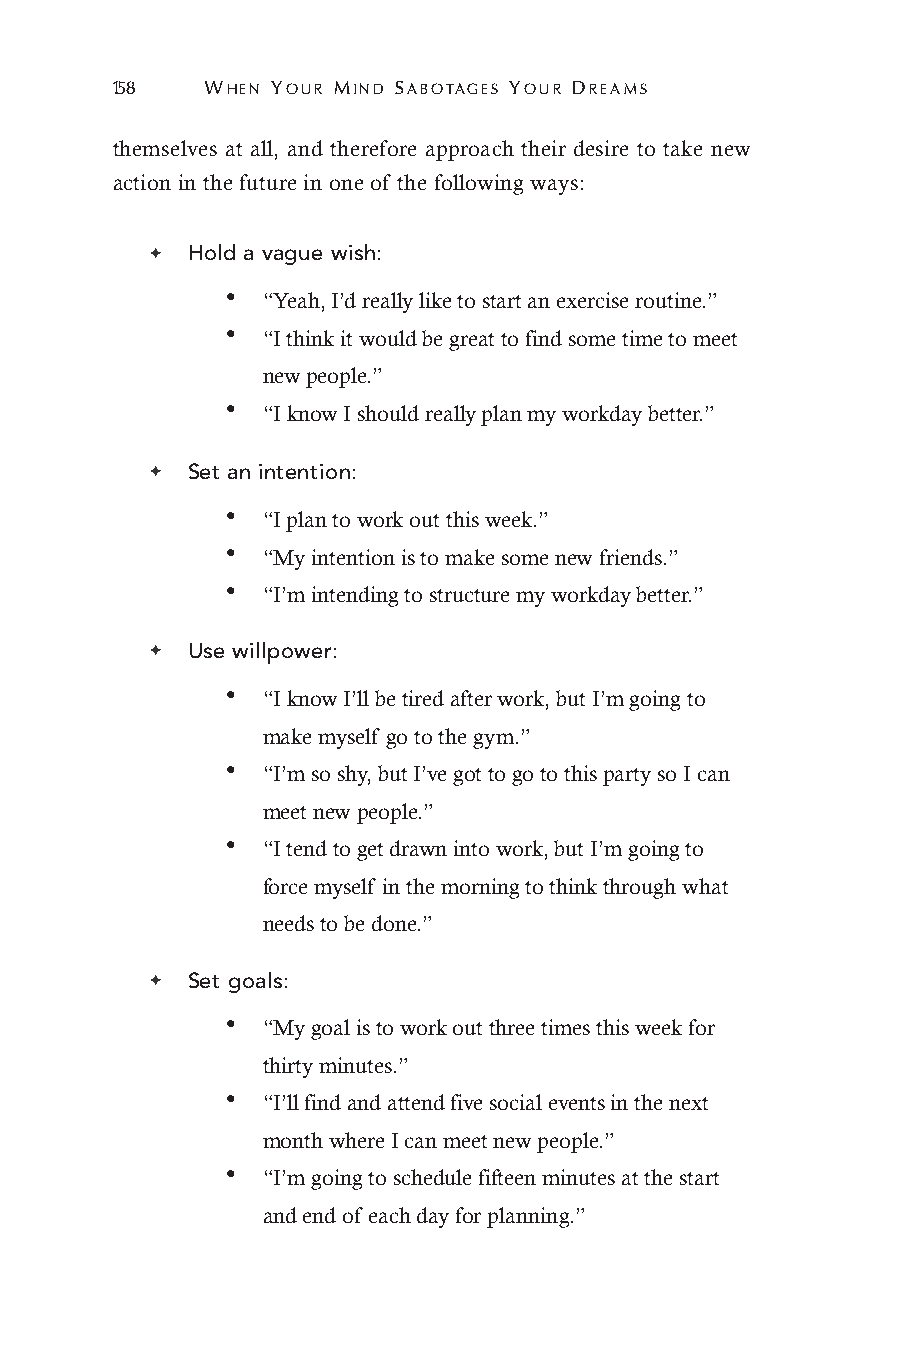
158   WHEN YOUR MIND SABOTAGES YOUR DREAMS
 themselves at all, and therefore approach their desire to take new
 action in the future in one of the following ways:
 ✦ Hold a vague wish:
 • “Yeah, I’d really like to start an exercise routine.”
 • “I think it would be great to find some time to meet
 new people.”
 • “I know I should really plan my workday better.”
 ✦ Set an intention:
 • “I plan to work out this week.”
 • “My intention is to make some new friends.”
 • “I’m intending to structure my workday better.”
 ✦ Use willpower:
 • “I know I’ll be tired after work, but I’m going to
 make myself go to the gym.”
 • “I’m so shy, but I’ve got to go to this party so I can
 meet new people.”
 • “I tend to get drawn into work, but I’m going to
 force myself in the morning to think through what
 needs to be done.”
 ✦ Set goals:
 • “My goal is to work out three times this week for
 thirty minutes.”
 • “I’ll find and attend five social events in the next
 month where I can meet new people.”
 • “I’m going to schedule fifteen minutes at the start
 and end of each day for planning.”